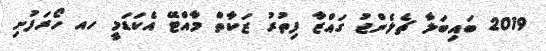
2019 ބައިބަލާ ޗެލެންޖު ގައްޒާ ފިތުރު ޒަކާތް މާއްޓޭ އެކަޑަމީ ހއ ހޯރަފުށި